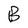
Character: B